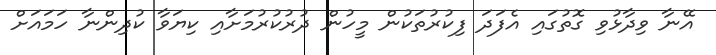
އޭނާ ވިދާޅުވި ގޮތުގައި އެފަދަ ފިކުރުތަކުން މީހުން ދުރުކުރުމަށާއި ކިޔަވާ ކުދިންނާ ހަމައަށް